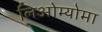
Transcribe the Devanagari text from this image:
लिओम्योमा